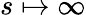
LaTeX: s\mapsto\infty